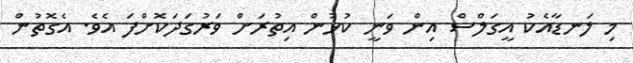
މި ލަނޑާއެކު އީގަލްސް އިން ވަނީ ކުޅުން އިތުރަށް ވަރުގަދަކޮށްފަ އެވެ. އެގޮތުން